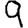
Digit: 9